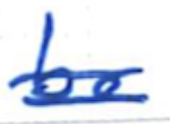
Text: be
Cross-out: double-line
Writing tool: ballpoint